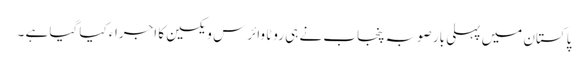
پاکستان میں پہلی بار صوبہ پنجاب نے ہی روٹا وائرس ویکسین کا اجراء کیا گیا ہے ۔